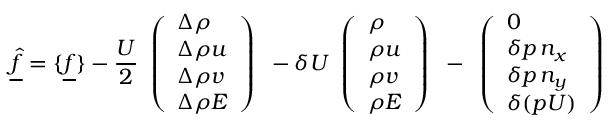
\underline { { \hat { f } } } = \{ \underline { { f } } \} - \frac { U } { 2 } \begin{array} { l } { \left( \begin{array} { l } { \Delta \rho } \\ { \Delta \rho u } \\ { \Delta \rho v } \\ { \Delta \rho E } \end{array} \right) } \end{array} - \delta U \begin{array} { l } { \left( \begin{array} { l } { \rho } \\ { \rho u } \\ { \rho v } \\ { \rho E } \end{array} \right) } \end{array} - \begin{array} { l } { \left( \begin{array} { l } { 0 } \\ { \delta p \, n _ { x } } \\ { \delta p \, n _ { y } } \\ { \delta ( p U ) } \end{array} \right) } \end{array}